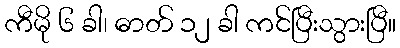
ကီမို ၆ ခါ၊ ဓာတ် ၁၂ ခါ ကင်ပြီးသွားပြီ။